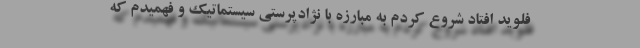
فلوید افتاد شروع کردم به مبارزه با نژادپرستی سیستماتیک و فهمیدم که